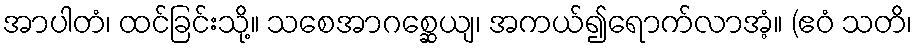
အာပါတံ၊ ထင်ခြင်းသို့။ သစေအာဂစ္ဆေယျ၊ အကယ်၍ရောက်လာအံ့။ (ဧဝံ သတိ၊